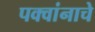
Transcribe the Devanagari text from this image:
पक्वांनाचे